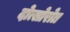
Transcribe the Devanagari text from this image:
दोत्सोरोत